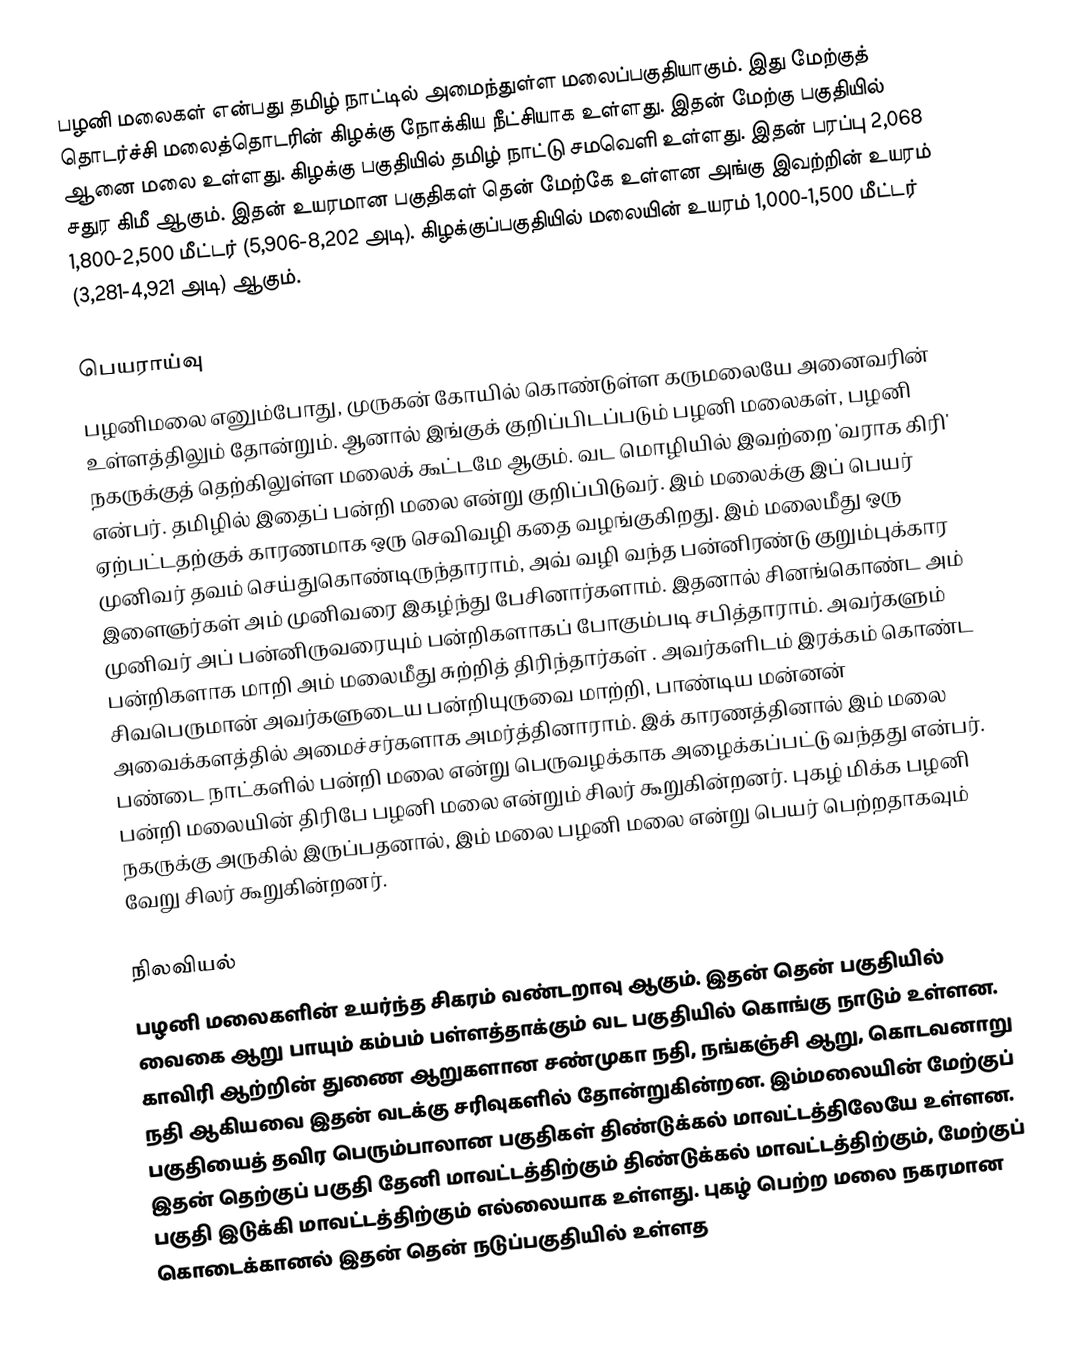
பழனி மலைகள் என்பது தமிழ் நாட்டில் அமைந்துள்ள மலைப்பகுதியாகும். இது மேற்குத் தொடர்ச்சி மலைத்தொடரின் கிழக்கு நோக்கிய நீட்சியாக உள்ளது. இதன் மேற்கு பகுதியில் ஆனை மலை உள்ளது. கிழக்கு பகுதியில் தமிழ் நாட்டு சமவெளி உள்ளது. இதன் பரப்பு 2,068 சதுர கிமீ ஆகும். இதன் உயரமான பகுதிகள் தென் மேற்கே உள்ளன அங்கு இவற்றின் உயரம் 1,800-2,500 மீட்டர் (5,906-8,202 அடி). கிழக்குப்பகுதியில் மலையின் உயரம் 1,000-1,500 மீட்டர் (3,281-4,921 அடி) ஆகும்.

பெயராய்வு
பழனிமலை எனும்போது, முருகன் கோயில் கொண்டுள்ள கருமலையே அனைவரின் உள்ளத்திலும் தோன்றும். ஆனால் இங்குக் குறிப்பிடப்படும் பழனி மலைகள், பழனி நகருக்குத் தெற்கிலுள்ள மலைக் கூட்டமே ஆகும். வட மொழியில் இவற்றை 'வராக கிரி' என்பர். தமிழில் இதைப் பன்றி மலை என்று குறிப்பிடுவர். இம் மலைக்கு இப் பெயர் ஏற்பட்டதற்குக் காரணமாக ஒரு செவிவழி கதை வழங்குகிறது. இம் மலைமீது ஒரு முனிவர் தவம் செய்துகொண்டிருந்தாராம், அவ் வழி வந்த பன்னிரண்டு குறும்புக்கார இளைஞர்கள் அம் முனிவரை இகழ்ந்து பேசினார்களாம். இதனால் சினங்கொண்ட அம் முனிவர் அப் பன்னிருவரையும் பன்றிகளாகப் போகும்படி சபித்தாராம். அவர்களும் பன்றிகளாக மாறி அம் மலைமீது சுற்றித் திரிந்தார்கள் . அவர்களிடம் இரக்கம் கொண்ட சிவபெருமான் அவர்களுடைய பன்றியுருவை மாற்றி, பாண்டிய மன்னன் அவைக்களத்தில் அமைச்சர்களாக அமர்த்தினாராம். இக் காரணத்தினால் இம் மலை பண்டை நாட்களில் பன்றி மலை என்று பெருவழக்காக அழைக்கப்பட்டு வந்தது என்பர். பன்றி மலையின் திரிபே பழனி மலை என்றும் சிலர் கூறுகின்றனர். புகழ் மிக்க பழனி நகருக்கு அருகில் இருப்பதனால், இம் மலை பழனி மலை என்று பெயர் பெற்றதாகவும் வேறு சிலர் கூறுகின்றனர்.

நிலவியல்
பழனி மலைகளின் உயர்ந்த சிகரம் வண்டறாவு ஆகும். இதன் தென் பகுதியில் வைகை ஆறு பாயும் கம்பம் பள்ளத்தாக்கும் வட பகுதியில் கொங்கு நாடும் உள்ளன. காவிரி ஆற்றின் துணை ஆறுகளான சண்முகா நதி, நங்கஞ்சி ஆறு, கொடவனாறு நதி ஆகியவை இதன் வடக்கு சரிவுகளில் தோன்றுகின்றன. இம்மலையின் மேற்குப் பகுதியைத் தவிர பெரும்பாலான பகுதிகள் திண்டுக்கல் மாவட்டத்திலேயே உள்ளன. இதன் தெற்குப் பகுதி தேனி மாவட்டத்திற்கும் திண்டுக்கல் மாவட்டத்திற்கும், மேற்குப் பகுதி இடுக்கி மாவட்டத்திற்கும் எல்லையாக உள்ளது. புகழ் பெற்ற மலை நகரமான கொடைக்கானல் இதன் தென் நடுப்பகுதியில் உள்ளத